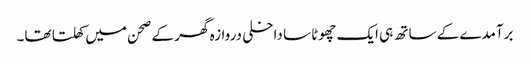
برآمدے کے ساتھ ہی ایک چھوٹا سا داخلی دروازہ گھر کے صحن میں کھلتا تھا۔